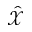
\hat { \mathcal X }